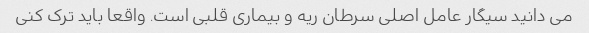
می دانید سیگار عامل اصلی سرطان ریه و بیماری قلبی است. واقعا باید ترک کنی